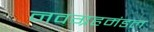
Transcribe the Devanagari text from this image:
नवग्रहमंडल